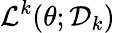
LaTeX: \mathcal{L}^{k}(\theta;\mathcal{D}_{k})